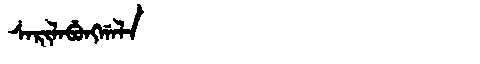
Manchu: ᠰᠠᡵᡳᠯᠠᠪᡠᠩᡤᠠᠯᠠ
Romanization: SARILABUNGGALA